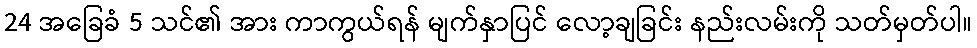
24 အခြေခံ 5 သင်၏ အား ကာကွယ်ရန် မျက်နှာပြင် လော့ချခြင်း နည်းလမ်းကို သတ်မှတ်ပါ။